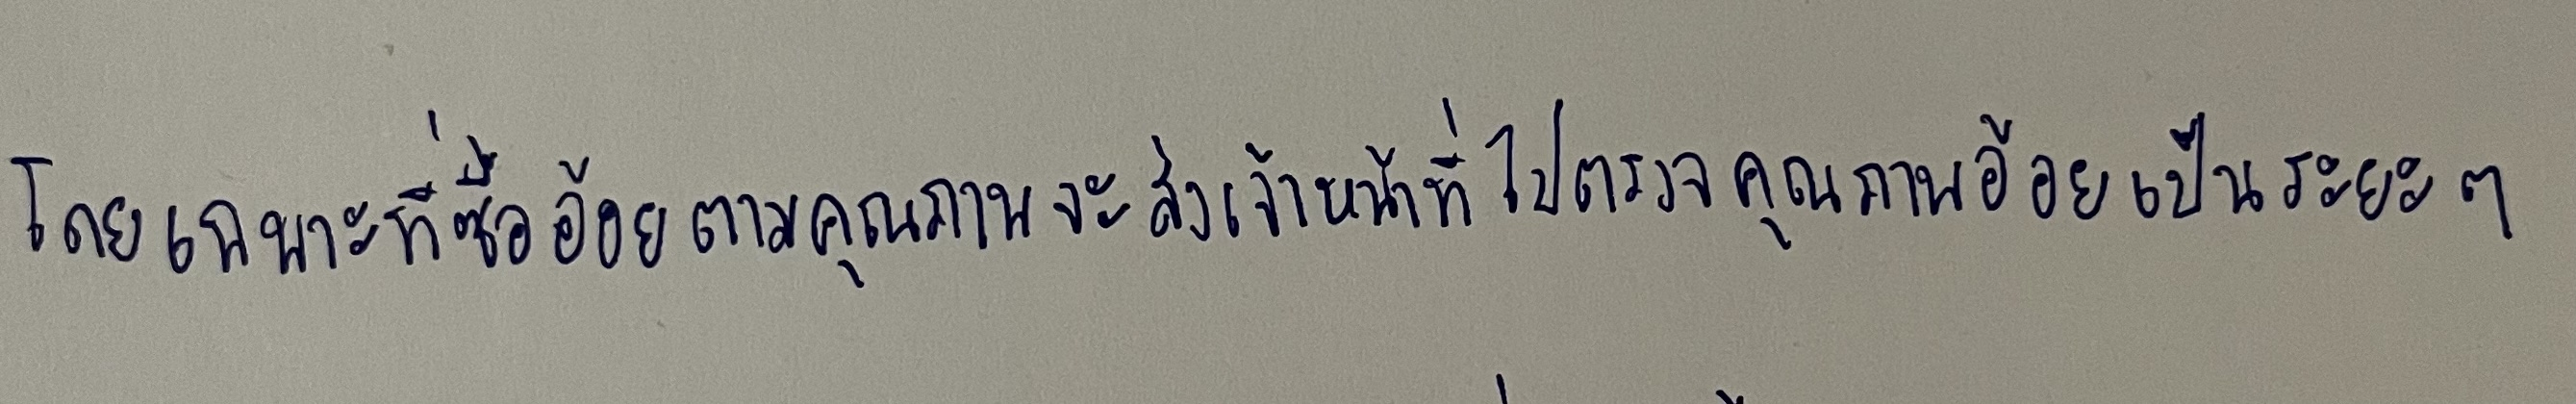
โดยเฉพาะที่ซื้ออ้อยตามคุณภาพจะส่งเจ้าหน้าที่ไปตรวจคุณภาพอ้อยเป็นระยะๆ